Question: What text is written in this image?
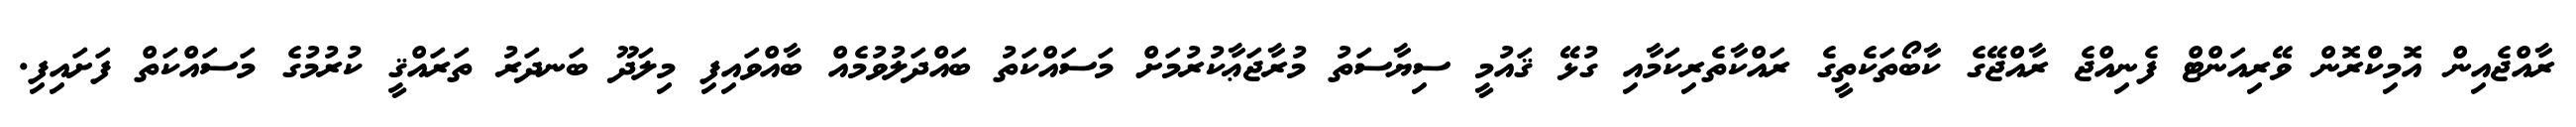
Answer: ރާއްޖެއިން އޮމިކްރޮން ވޭރިއަންޓް ފެނިއްޖެ ރާއްޖޭގެ ކާބޯތަކެތީގެ ރައްކާތެރިކަމާއި ގުޅޭ ޤައުމީ ސިޔާސަތު މުރާޖަޢާކުރުމަށް މަސައްކަތު ބައްދަލުވުމެއް ބާއްވައިފި މިލަދޫ ބަނދަރު ތަރައްޤީ ކުރުމުގެ މަސައްކަތް ފަށައިފި.